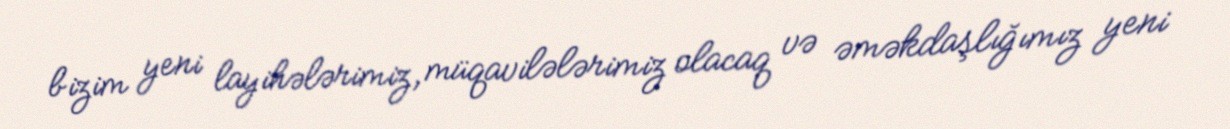
bizim yeni layihələrimiz, müqavilələrimiz olacaq və əməkdaşlığımız yeni